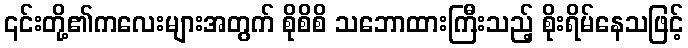
၎င်းတို့၏ကလေးများအတွက် စိုစိစိ သဘောထားကြီးသည့် စိုးရိမ်နေသဖြင့်